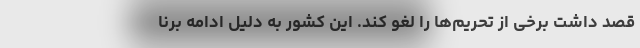
قصد داشت برخی از تحریم‌ها را لغو کند. این کشور به دلیل ادامه برنا